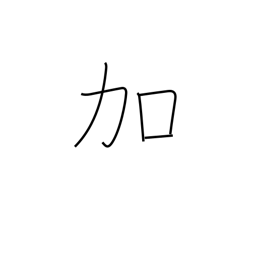
Meaning: addition